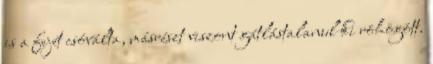
is a fejét csóválta, másrészt viszont gátlástalanul ki röhögött.